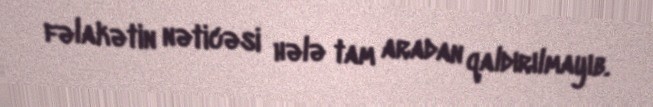
fəlakətin nəticəsi hələ tam aradan qaldırılmayıb.